Distribution and causation of leprosy in British India
Year: 1875
Disease focus: Leprosy
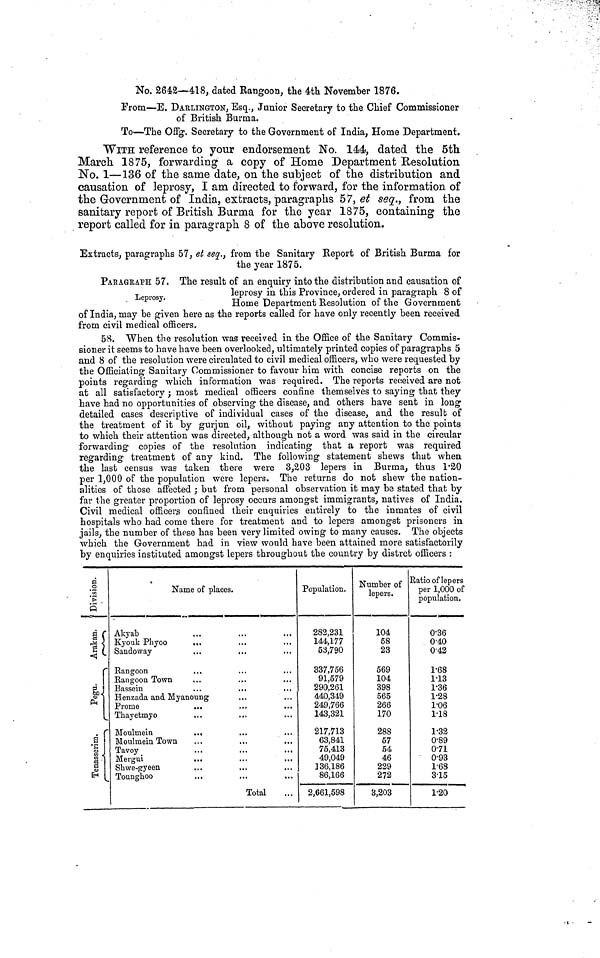
No. 2642—418, dated Rangoon, the 4th November 1876.
From—E. DARLINGTON, Esq., Junior Secretary to the Chief Commissioner
of British Burma.
To—The Offg. Secretary to the Government of India, Home Department.
WITH reference to your endorsement No. 144, dated the 5th
March 1875, forwarding a copy of Home Department Resolution
No. 1—136 of the same date, on the subject of the distribution and
causation of leprosy, I am directed to forward, for the information of
the Government of India, extracts, paragraphs 57, et seq., from the
sanitary report of British Burma for the year 1875, containing the
report called for in paragraph 8 of the above resolution.
Extracts, paragraphs 57, et seq., from the Sanitary Report of British Burma for
the year 1875.
Leprosy.
PARAGRAPH 57. The result of an enquiry into the distribution and causation of
leprosy in this Province, ordered in paragraph 8 of
Home Department Resolution of the Government
of India, may be given here as the reports called for have only recently been received
from civil medical officers.
58. When the resolution was received in the Office of the Sanitary Commis-
sioner it seems to have have been overlooked, ultimately printed copies of paragraphs 5
and 8 of the resolution were circulated to civil medical officers, who were requested by
the Officiating Sanitary Commissioner to favour him with concise reports on the
points regarding which information was required. The reports received are not
at all satisfactory; most medical officers confine themselves to saying that they
have had no opportunities of observing the disease, and others have sent in long
detailed cases descriptive of individual cases of the disease, aad the result of
the treatment of it by gurjun oil, without paying any attention to the points
to which their attention was directed, although not a word was said in the circular
forwarding copies of the resolution indicating that a report was required
regarding treatment of any kind. The following statement shews that when
the last census was taken there were 3,203 lepers in Burma, thus 1·20
per 1,000 of the population were lepers. The returns do not shew the nation-
alities of those affected ; but from personal observation it may be stated that by
far the greater proportion of leprosy occurs amongst immigrants, natives of India.
Civil medical officers confined their enquiries entirely to the inmates of civil
hospitals who had come there for treatment and to lepers amongst prisoners in
jails, the number of these has been very limited owing to many causes. The objects
which the Government had in view would have been attained more satisfactorily
by enquiries instituted amongst lepers throughout the country by distrct officers :
Name of places.
Akyab
Kyouk Phyoo
...
Sandoway
Rangoon
Rangoon Town
Bassein
Henzada and Myanoung
Prome
Thayetmyo
Moulmein
..,
Moulmein Town
Tavoy
Mergui
Shwe-gyeen
Tounghoo
Total
Population.
282,231
144,177
53,790
337,756
91,579
290,261
440,349
249,766
143,321
217,713
63,841
75,413
49,049
136,186
86,166
2,661,598
Number of
lepers.
104
58
23
569
104
398
565
266
170
288
57
54
46
229
272
3,203
Ratio of lepers
per 1,000 of
population.
0·36
0·40
0·42
1·68
1·13
1·36
1·28
1·06
1·18
1·32
0·89
0·71
0·93
1·68
3·15
1·20